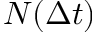
N ( \Delta t )